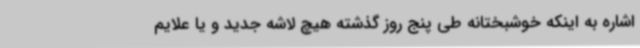
اشاره به اینکه خوشبختانه طی پنج روز گذشته هیچ لاشه جدید و یا علایم